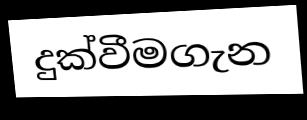
දුක්වීමගැන